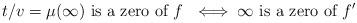
LaTeX: \begin{align*}t/v = \mu(\infty) \textrm{ is a zero of $f$ } \iff \infty \textrm{ is a zero of } f'\end{align*}